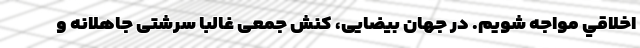
اخلاقي مواجه ‌شويم. در جهان بيضايی، كنش جمعی غالبا سرشتی جاهلانه و